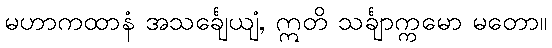
မဟာကထာနံ အသင်္ချေယျံ, ဣတိ သင်္ချာက္ကမော မတော။